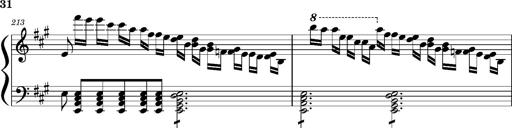
Title: Concerto sans orchestre, S.524a
Composer: Franz Liszt
Key: A major